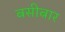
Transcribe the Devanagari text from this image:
बसीबार